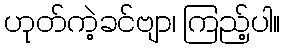
ဟုတ်ကဲ့ခင်ဗျာ၊ ကြည့်ပါ။